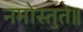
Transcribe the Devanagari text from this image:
नमोस्तुते॥